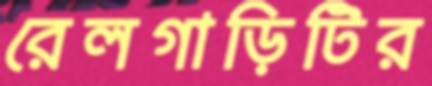
রেলগাড়িটির